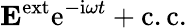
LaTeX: {\mathbf E}^{\mathrm{ext}}\mathrm{e}^{-\mathrm{i}\omega t}+\mathrm{c.c.}